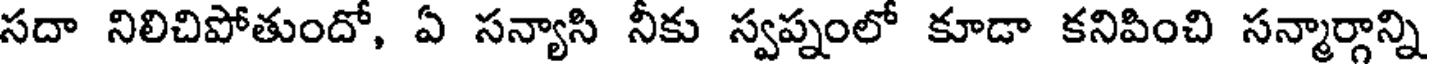
సదా నిలిచిపోతుందో, ఏ సన్యాసి నీకు స్వప్నంలో కూడా కనిపించి సన్మార్గాన్ని